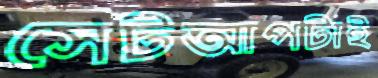
সেটআপটাই